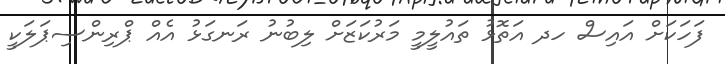
ފަހަކަށް އައިސް ހދ އަތޮޅު ތައުލީމީ މަރުކަޒަށް ލިބުނު ރަނގަޅު އެއް ޕްރިންސިޕަލަކީ